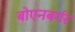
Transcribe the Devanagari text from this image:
बोएनबर्गर